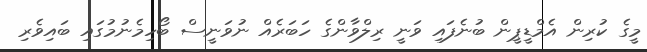
މީގެ ކުރިން އެމްޑީޕީން ބުނެފައި ވަނީ ރިލްވާންގެ ހަބަރެއް ނުވަނީސް ބޯހިމެނުމުގައި ބައިވެރި